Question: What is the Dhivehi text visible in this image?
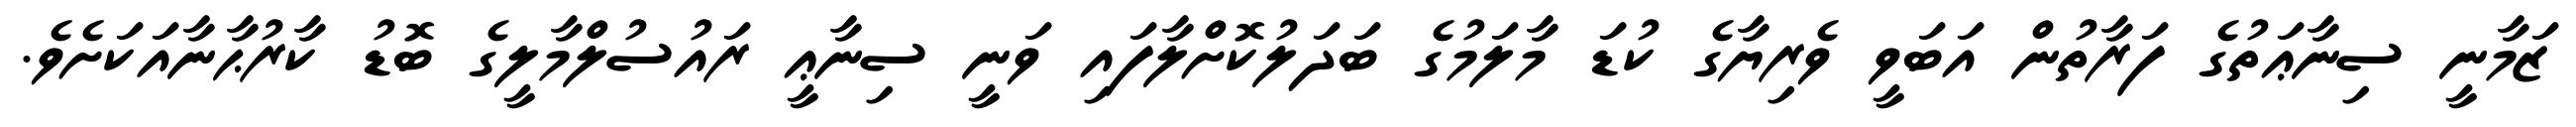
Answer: ޒަމާނީ ސިނާޢަތުގެ ފަރާތުން އަބަވީ ވެރިޔާގެ ކުޑަ މާލަމުގެ ބަދަލުކޮށްލާފައި ވަނީ ސިނާޢީ ރައުސުލްމާލީގެ ބޮޑު ކާރުޙާނާއަކަށެވެ.